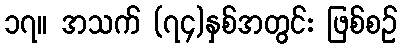
၁၇။ အသက် (၇၄)နှစ်အတွင်း ဖြစ်စဉ်